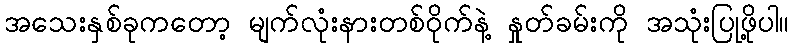
အသေးနှစ်ခုကတော့ မျက်လုံးနားတစ်ဝိုက်နဲ့ နှုတ်ခမ်းကို အသုံးပြုဖို့ပါ။